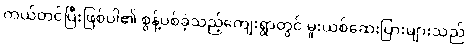
ကယ်တင်ပြီးဖြစ်ပါ၏ စွန့်ပစ်ခဲ့သည့်ကျေးရွာတွင် မူးယစ်ဆေးပြားများသည်